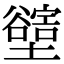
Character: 𡓛